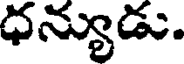
ధన్యుడు.